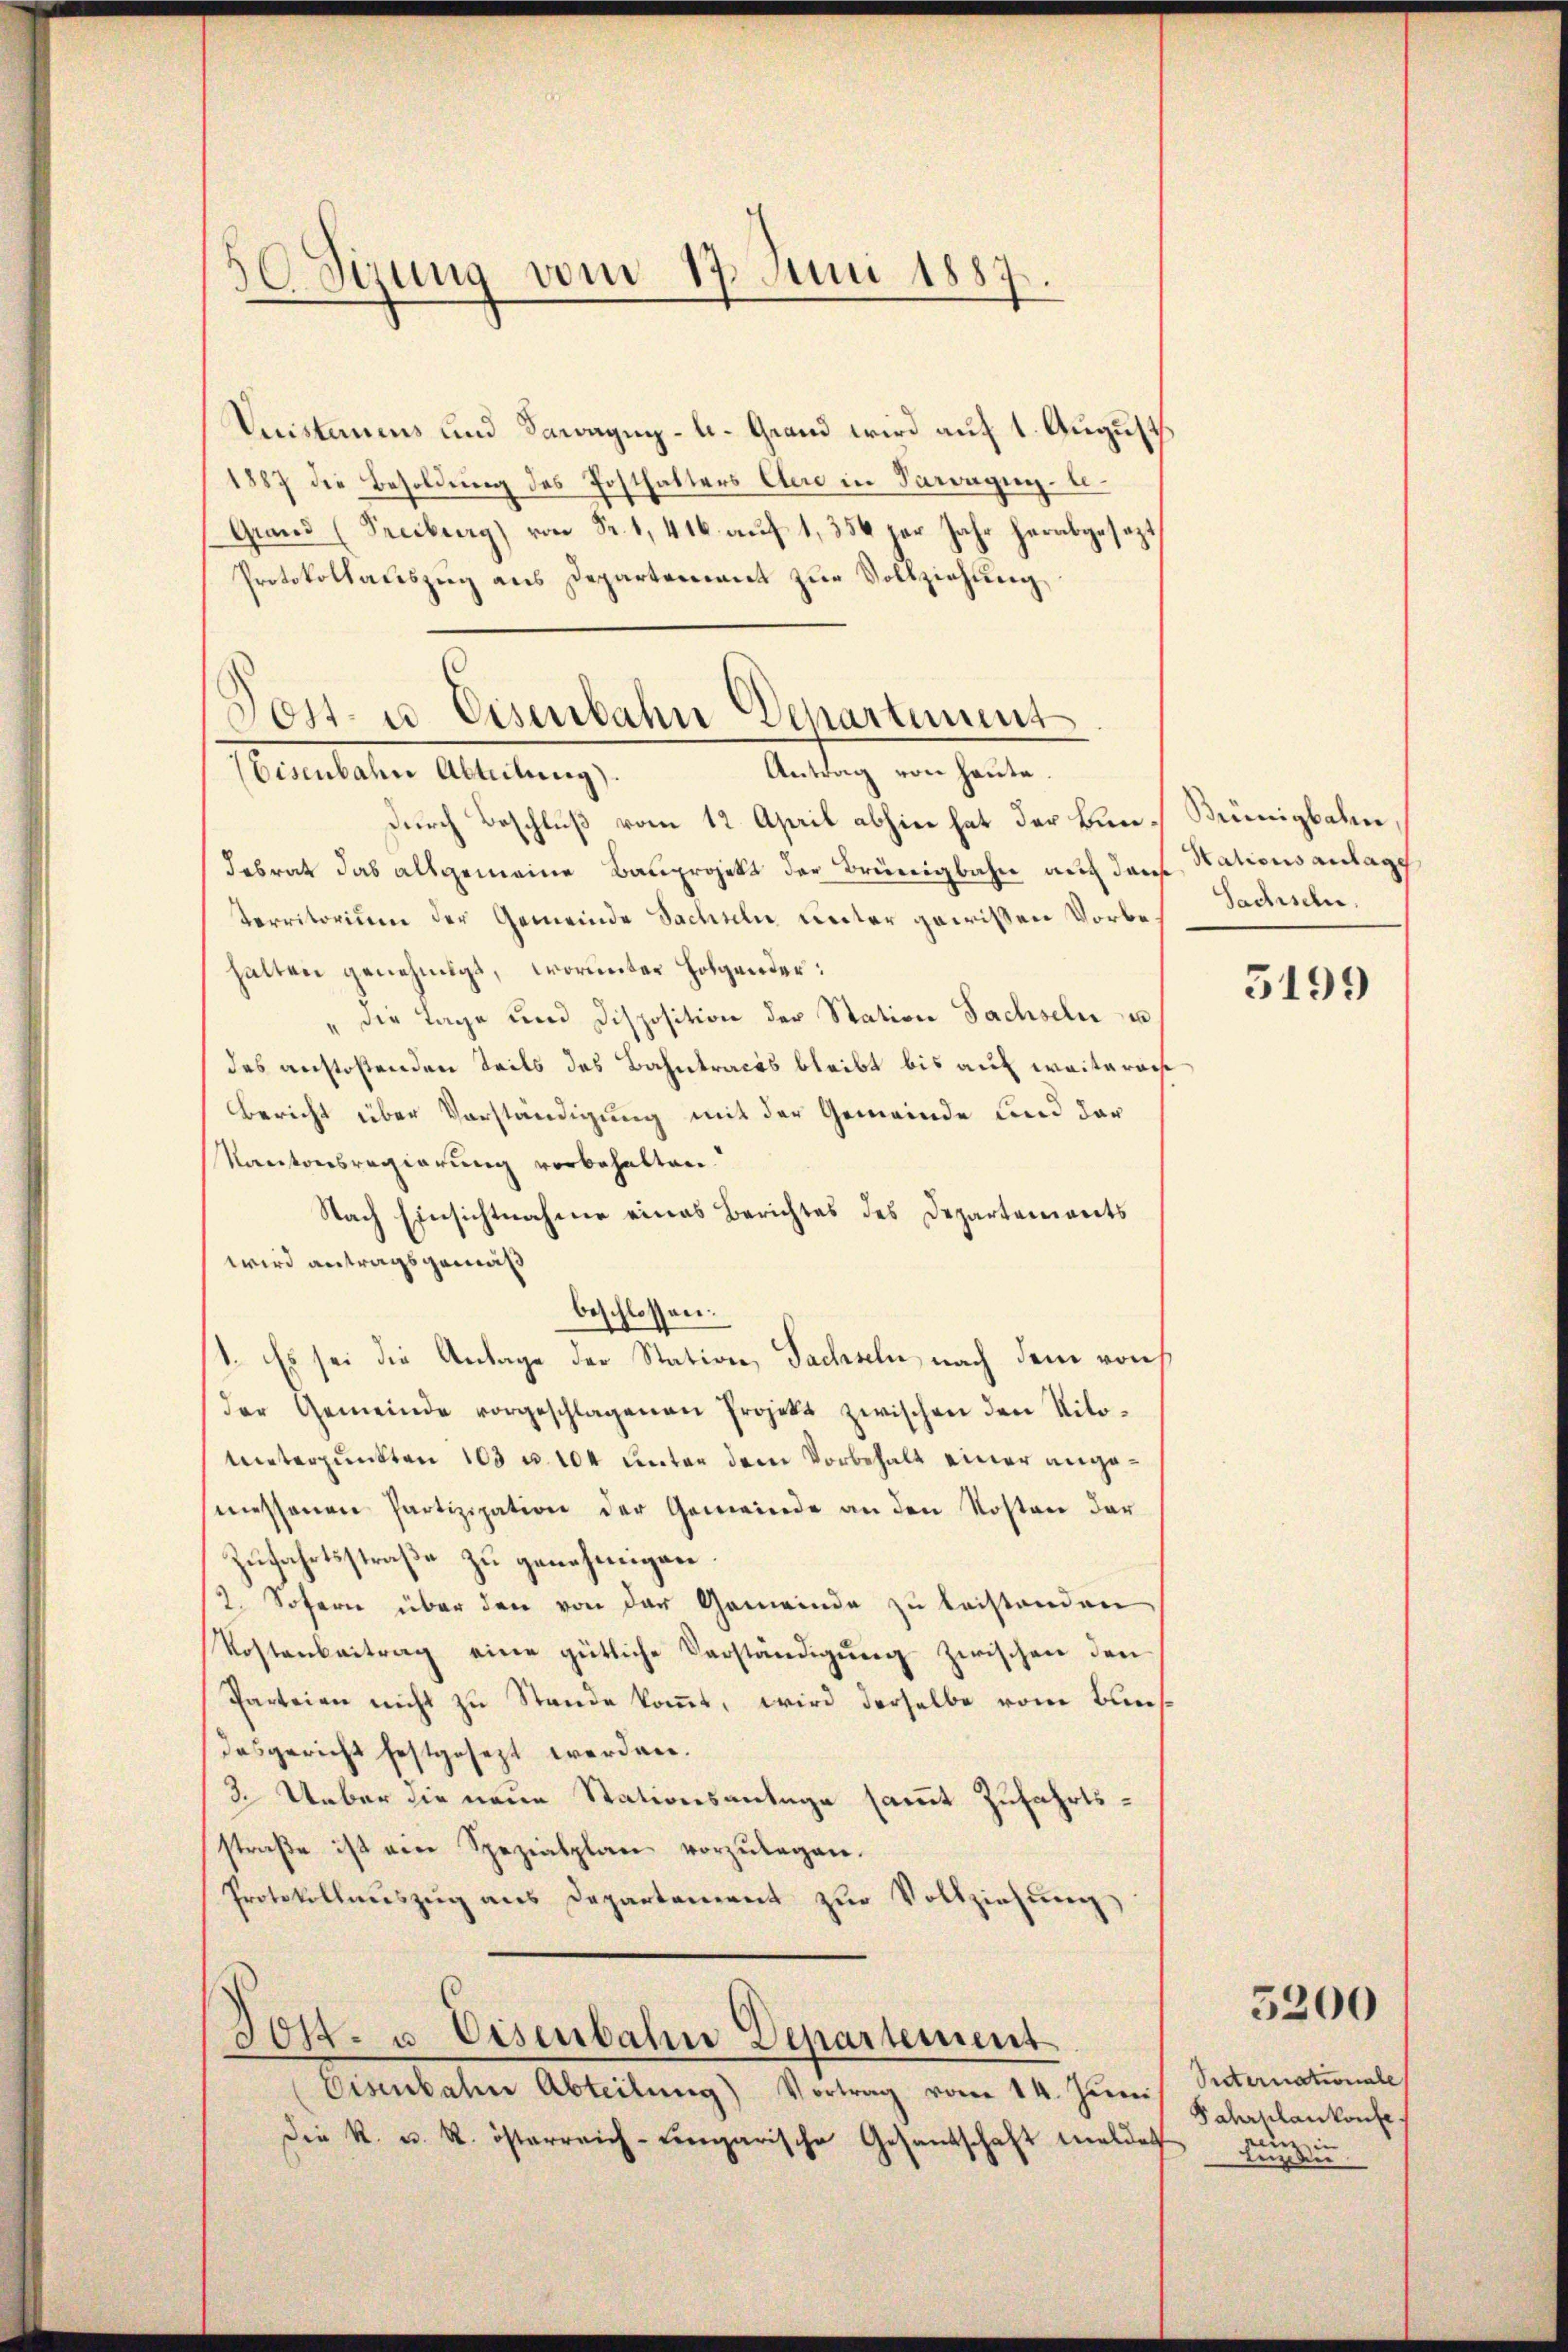
Sizung vom 17. Juni 1887.

Vuistanens und Sawagug- u. Grand wird auf 1. August
1887 die Besoldung des Posthalters Cere in Paragung - le¬
Grand (Freiburg) von Fr. 1, 416 auf 1,356 per Jahr herabgesezt,
Protokollauszug aus Departement zur Vollziehung
durch Beschluß vom 12. April abhin hat der Bundebrat das allgemeine Bauprojekt der Brünigbahn auf das Stationsanlage
Territorium der Gemeinde Sachseln unter gewissen Vorbehalten genehmigt, worunter Folgender:
die Tage und Disposition der Station Sachseln u
des anstoßenden Teils des Bahntraces bleibt bis auf weiteres
Bericht über Vorständigung mit der Gemeinde und der
Kantonsregierung vorbehalten
Nach Einsichtnahme eines Berichtes des Departements
wird antragsgemäß
beschlossen:
1. Es sei die Anlage der Station, Sachseln, nach dem von
der Gemeinde vorgeschlagenen Projekt zwischen den Nito¬
Unterpunkten 103 u. 104 unter dem Vorbehalt einer angemessenen Partizipation der Gemeinde an den Kosten dar
Zufahrtsstraße zu genehmigen.
2. Sofern über den von der Gemeinde zu beistenden
Kostenbeitrag eine gütliche Verständigung zwischen den
Parteien nicht zu Stande komt, wird derselbe vom Bundesgericht festgesezt werden.
3. Ueber die neue Stationsantage samt Zufahrtsstraβe ist eine Spezialplan vorzulagen.
Protokollauszug aus Departement zur Vollziehung
Jott. u. Eisenbahn Departement
Eisenbahn Abteilŭng Vortrag vom 14. Jŭni
die K. u. R. österreich-ungarische Gesandschaft meldet

Post- u. Eisenbahn Departement
Antrag von heute.
Pestalten Alleitung

Brünigbahn
Sachschn
5199

Reternationale
Fahrplankonfe
nein in
kunde

5200